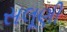
સલૂણી